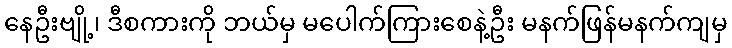
နေဦးဗျို့၊ ဒီစကားကို ဘယ်မှ မပေါက်ကြားစေနဲ့ဦး မနက်ဖြန်မနက်ကျမှ